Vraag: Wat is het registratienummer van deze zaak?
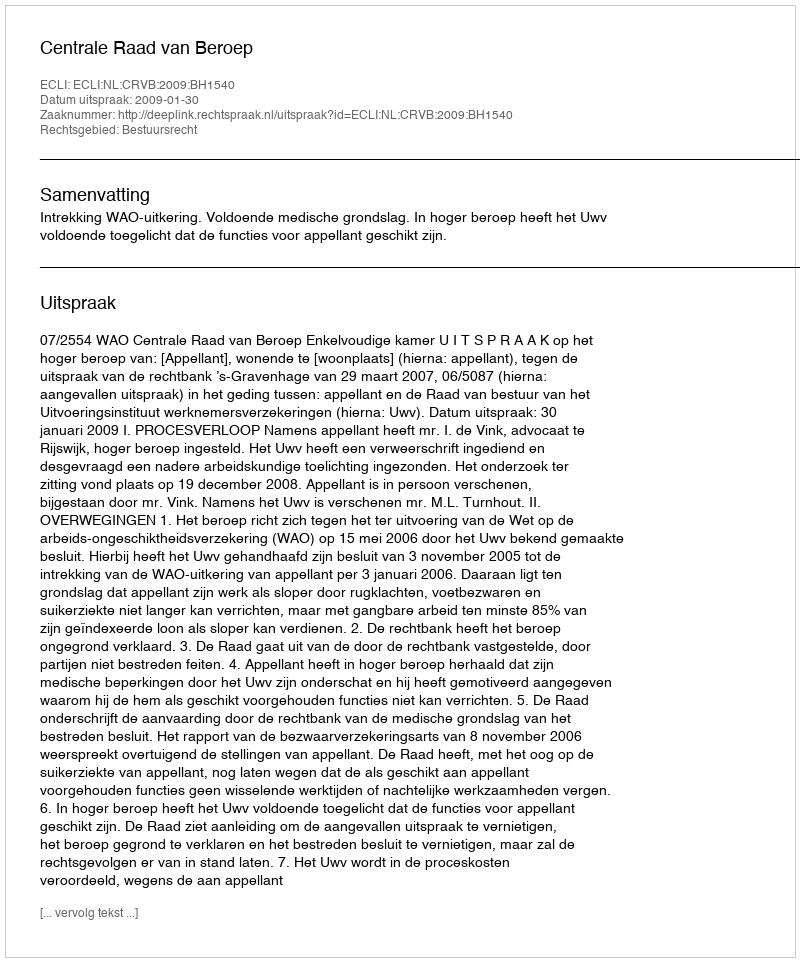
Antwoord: http://deeplink.rechtspraak.nl/uitspraak?id=ECLI:NL:CRVB:2009:BH1540